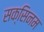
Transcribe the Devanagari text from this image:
सक्सिनम